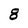
Character: 8